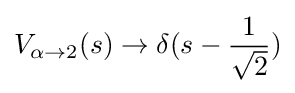
V_{\alpha \to 2}(s)\to \delta (s-{\frac {1}{\sqrt {2}}})